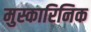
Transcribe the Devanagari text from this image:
मुस्कारिनिक